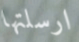
ارسلتها